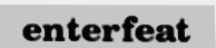
enterfeat